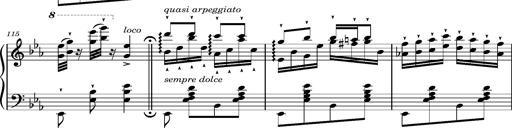
Title: Magyar rapszÃ³diÃ¡k
Composer: Franz Liszt